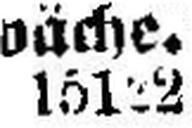
151###2